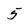
Character: 5